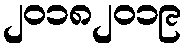
၂၀၁၈၂၀၁၉